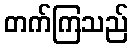
တက်ကြသည်